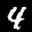
Label: 4